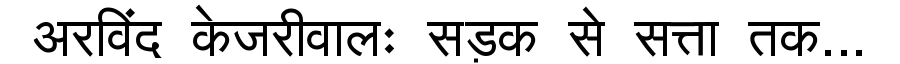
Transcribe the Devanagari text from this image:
अरविंद केजरीवालः सड़क से सत्ता तक...